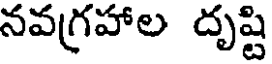
నవగ్రహాల దృష్టి